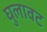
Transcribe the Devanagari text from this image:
घुलावट